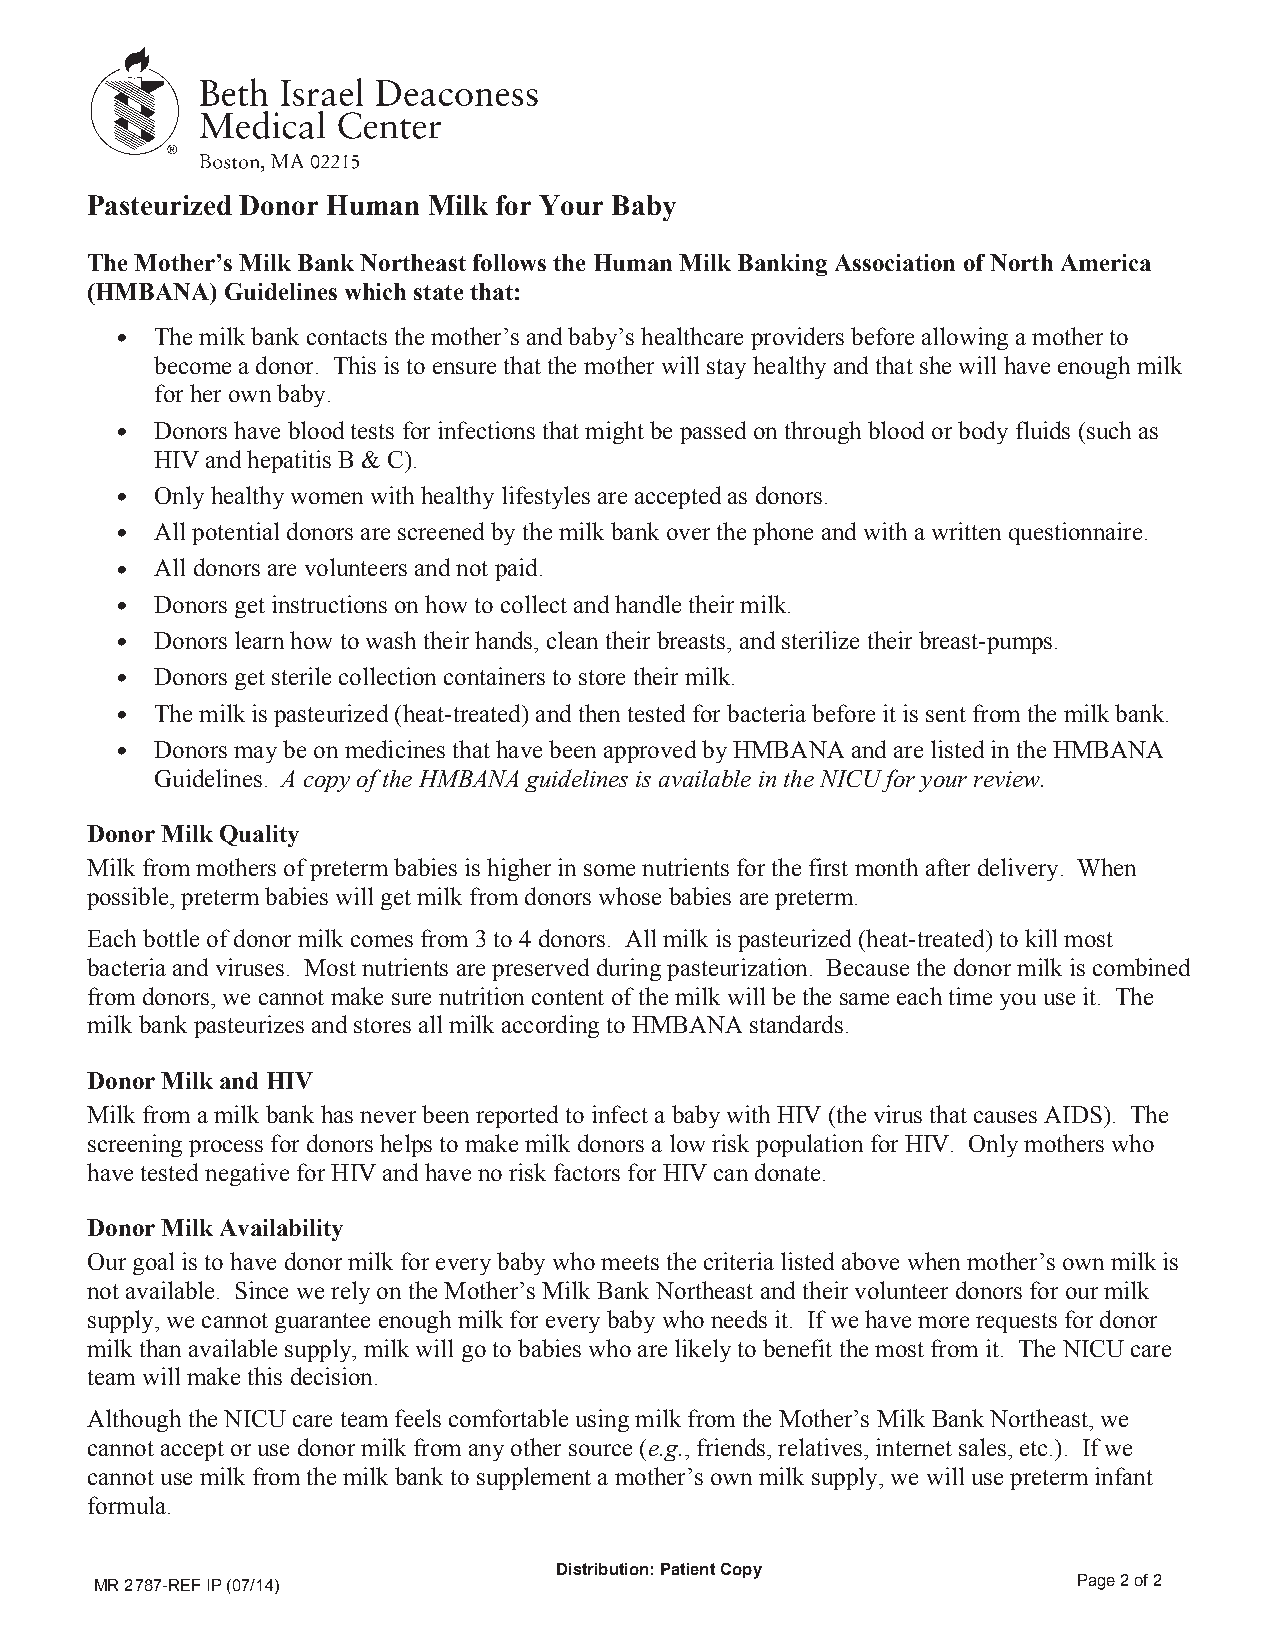
Pasteurized Donor Human Milk for Your Baby
 The Mother’s Milk Bank Northeast follows the Human Milk Banking Association of North America
 (HMBANA) Guidelines which state that:
 • The milk bank contacts the mother’s and baby’s healthcare providers before allowing a mother to
 become a donor. This is to ensure that the mother will stay healthy and that she will have enough milk
 for her own baby.
 • Donors have blood tests for infections that might be passed on through blood or body fluids (such as
 HIV and hepatitis B & C).
 • Only healthy women with healthy lifestyles are accepted as donors.
 • All potential donors are screened by the milk bank over the phone and with a written questionnaire.
 • All donors are volunteers and not paid.
 • Donors get instructions on how to collect and handle their milk.
 • Donors learn how to wash their hands, clean their breasts, and sterilize their breast-pumps.
 • Donors get sterile collection containers to store their milk.
 • The milk is pasteurized (heat-treated) and then tested for bacteria before it is sent from the milk bank.
 • Donors may be on medicines that have been approved by HMBANA and are listed in the HMBANA
 Guidelines. A copy of the HMBANA guidelines is available in the NICU for your review.
 Donor Milk Quality
 Milk from mothers of preterm babies is higher in some nutrients for the first month after delivery. When
 possible, preterm babies will get milk from donors whose babies are preterm.
 Each bottle of donor milk comes from 3 to 4 donors. All milk is pasteurized (heat-treated) to kill most
 bacteria and viruses. Most nutrients are preserved during pasteurization. Because the donor milk is combined
 from donors, we cannot make sure nutrition content of the milk will be the same each time you use it. The
 milk bank pasteurizes and stores all milk according to HMBANA standards.
 Donor Milk and HIV
 Milk from a milk bank has never been reported to infect a baby with HIV (the virus that causes AIDS). The
 screening process for donors helps to make milk donors a low risk population for HIV. Only mothers who
 have tested negative for HIV and have no risk factors for HIV can donate.
 Donor Milk Availability
 Our goal is to have donor milk for every baby who meets the criteria listed above when mother’s own milk is
 not available. Since we rely on the Mother’s Milk Bank Northeast and their volunteer donors for our milk
 supply, we cannot guarantee enough milk for every baby who needs it. If we have more requests for donor
 milk than available supply, milk will go to babies who are likely to benefit the most from it. The NICU care
 team will make this decision.
 Although the NICU care team feels comfortable using milk from the Mother’s Milk Bank Northeast, we
 cannot accept or use donor milk from any other source (e.g., friends, relatives, internet sales, etc.). If we
 cannot use milk from the milk bank to supplement a mother’s own milk supply, we will use preterm infant
 formula.
 Distribution: Patient Copy
 MR 2787-REF IP (07/14)                                           Page 2 of 2